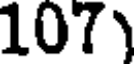
107)